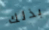
بذلك